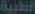
الطبية